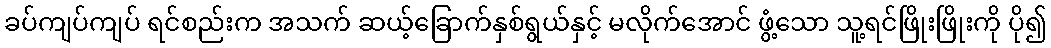
ခပ်ကျပ်ကျပ် ရင်စည်းက အသက် ဆယ့်ခြောက်နှစ်ရွယ်နှင့် မလိုက်အောင် ဖွံ့သော သူ့ရင်ဖြိုးဖြိုးကို ပို၍